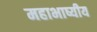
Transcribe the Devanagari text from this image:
महाभाष्यीय